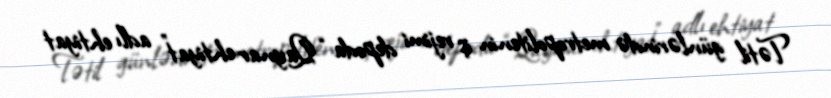
Tətil günlərində metropolitenin iş rejimi depoda “Qaynar ehtiyat” adlı ehtiyat